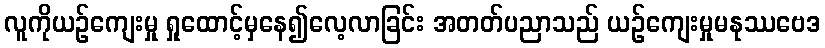
လူကိုယဉ်ကျေးမှု ရှုထောင့်မှနေ၍လေ့လာခြင်း အတတ်ပညာသည် ယဉ်ကျေးမှုမနုဿဗေဒ